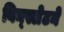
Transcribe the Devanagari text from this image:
विन्स्लेटने